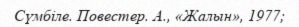
Сүмбіле. Повестер. А., «Жалын», 1977;